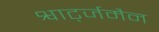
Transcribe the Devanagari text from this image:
श्वार्ट्जमैन